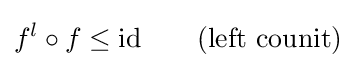
f^{l}\circ f\leq {\mbox{id}}\qquad {\mbox{(left counit)}}